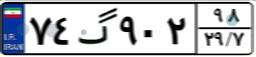
۷۴گ۹۰۲۹۸